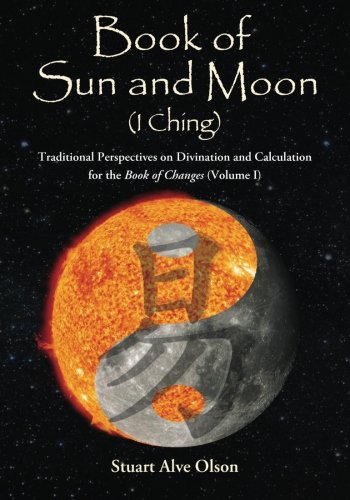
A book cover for Book of Sun and Moon (I Ching) Volume I (Volume 1); Stuart Alve Olson; Religion & Spirituality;